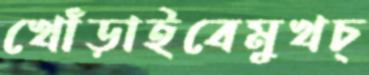
খোঁড়াইবেমুখচ্